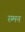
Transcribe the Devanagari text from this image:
रम्मन